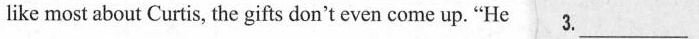
like most about Curtis,the gifts don't even come up. "He 3.___